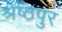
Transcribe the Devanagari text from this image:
श्रेष्ठपुर